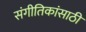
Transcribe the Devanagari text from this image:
संगीतिकांसाठी